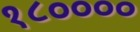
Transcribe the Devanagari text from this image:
१८००००